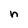
Character: n